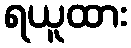
ရယူထား